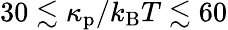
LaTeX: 30\lesssim\kappa_{\mathrm{p}}/k_{\mathrm{B}}T\lesssim 60